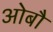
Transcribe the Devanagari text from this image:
ओबौ